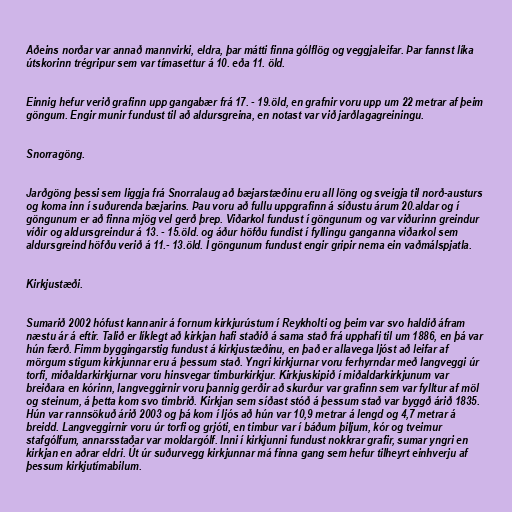
Aðeins norðar var annað mannvirki, eldra, þar mátti finna gólflög og veggjaleifar. Þar fannst líka
útskorinn trégripur sem var tímasettur á 10. eða 11. öld.

Einnig hefur verið grafinn upp gangabær frá 17. - 19.öld, en grafnir voru upp um 22 metrar af þeim
göngum. Engir munir fundust til að aldursgreina, en notast var við jarðlagagreiningu.

Snorragöng.

Jarðgöng þessi sem liggja frá Snorralaug að bæjarstæðinu eru all löng og sveigja til norð-austurs
og koma inn í suðurenda bæjarins. Þau voru að fullu uppgrafinn á síðustu árum 20.aldar og í
göngunum er að finna mjög vel gerð þrep. Viðarkol fundust í göngunum og var viðurinn greindur
víðir og aldursgreindur á 13. - 15.öld. og áður höfðu fundist í fyllingu ganganna viðarkol sem
aldursgreind höfðu verið á 11.- 13.öld. Í göngunum fundust engir gripir nema ein vaðmálspjatla.

Kirkjustæði.

Sumarið 2002 hófust kannanir á fornum kirkjurústum í Reykholti og þeim var svo haldið áfram
næstu ár á eftir. Talið er líklegt að kirkjan hafi staðið á sama stað frá upphafi til um 1886, en þá var
hún færð. Fimm byggingarstig fundust á kirkjustæðinu, en það er allavega ljóst að leifar af
mörgum stigum kirkjunnar eru á þessum stað. Yngri kirkjurnar voru ferhyrndar með langveggi úr
torfi, miðaldarkirkjurnar voru hinsvegar timburkirkjur. Kirkjuskipið í miðaldarkirkjunum var
breiðara en kórinn, langveggirnir voru þannig gerðir að skurður var grafinn sem var fylltur af möl
og steinum, á þetta kom svo timbrið. Kirkjan sem síðast stóð á þessum stað var byggð árið 1835.
Hún var rannsökuð árið 2003 og þá kom í ljós að hún var 10,9 metrar á lengd og 4,7 metrar á
breidd. Langveggirnir voru úr torfi og grjóti, en timbur var í báðum þiljum, kór og tveimur
stafgólfum, annarsstaðar var moldargólf. Inni í kirkjunni fundust nokkrar grafir, sumar yngri en
kirkjan en aðrar eldri. Út úr suðurvegg kirkjunnar má finna gang sem hefur tilheyrt einhverju af
þessum kirkjutímabilum.